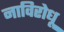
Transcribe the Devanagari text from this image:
नाविरोधू